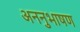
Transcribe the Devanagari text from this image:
अननुभाषण